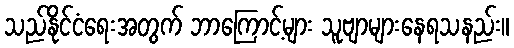
သည်နိုင်ငံရေးအတွက် ဘာကြောင့်များ သူဗျာများနေရသနည်း။